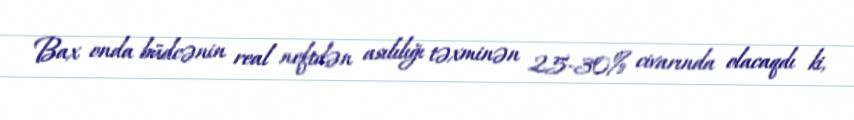
Bax onda büdcənin real neftdən asılılığı təxminən 25-30% civarında olacaqdı ki,